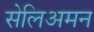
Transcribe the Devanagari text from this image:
सेलिअमन